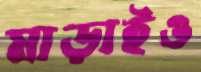
মাড়াইও